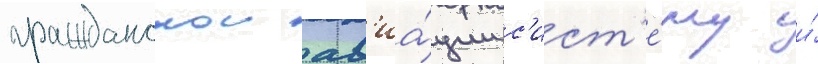
гражданскои ав'иа́ции с'ист'е́му и́